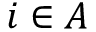
i \in { \cal A }